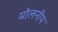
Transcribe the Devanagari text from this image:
मोलनीय